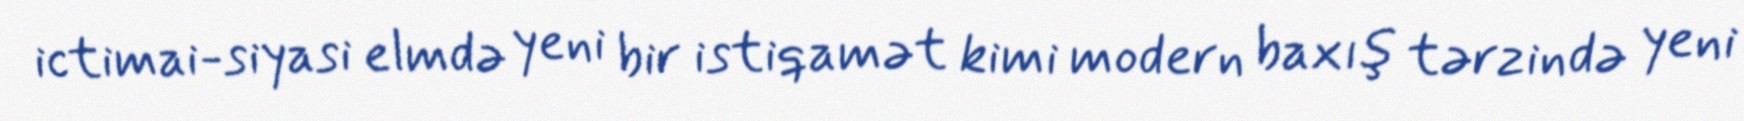
ictimai-siyasi elmdə yeni bir istiqamət kimi modern baxış tərzində yeni